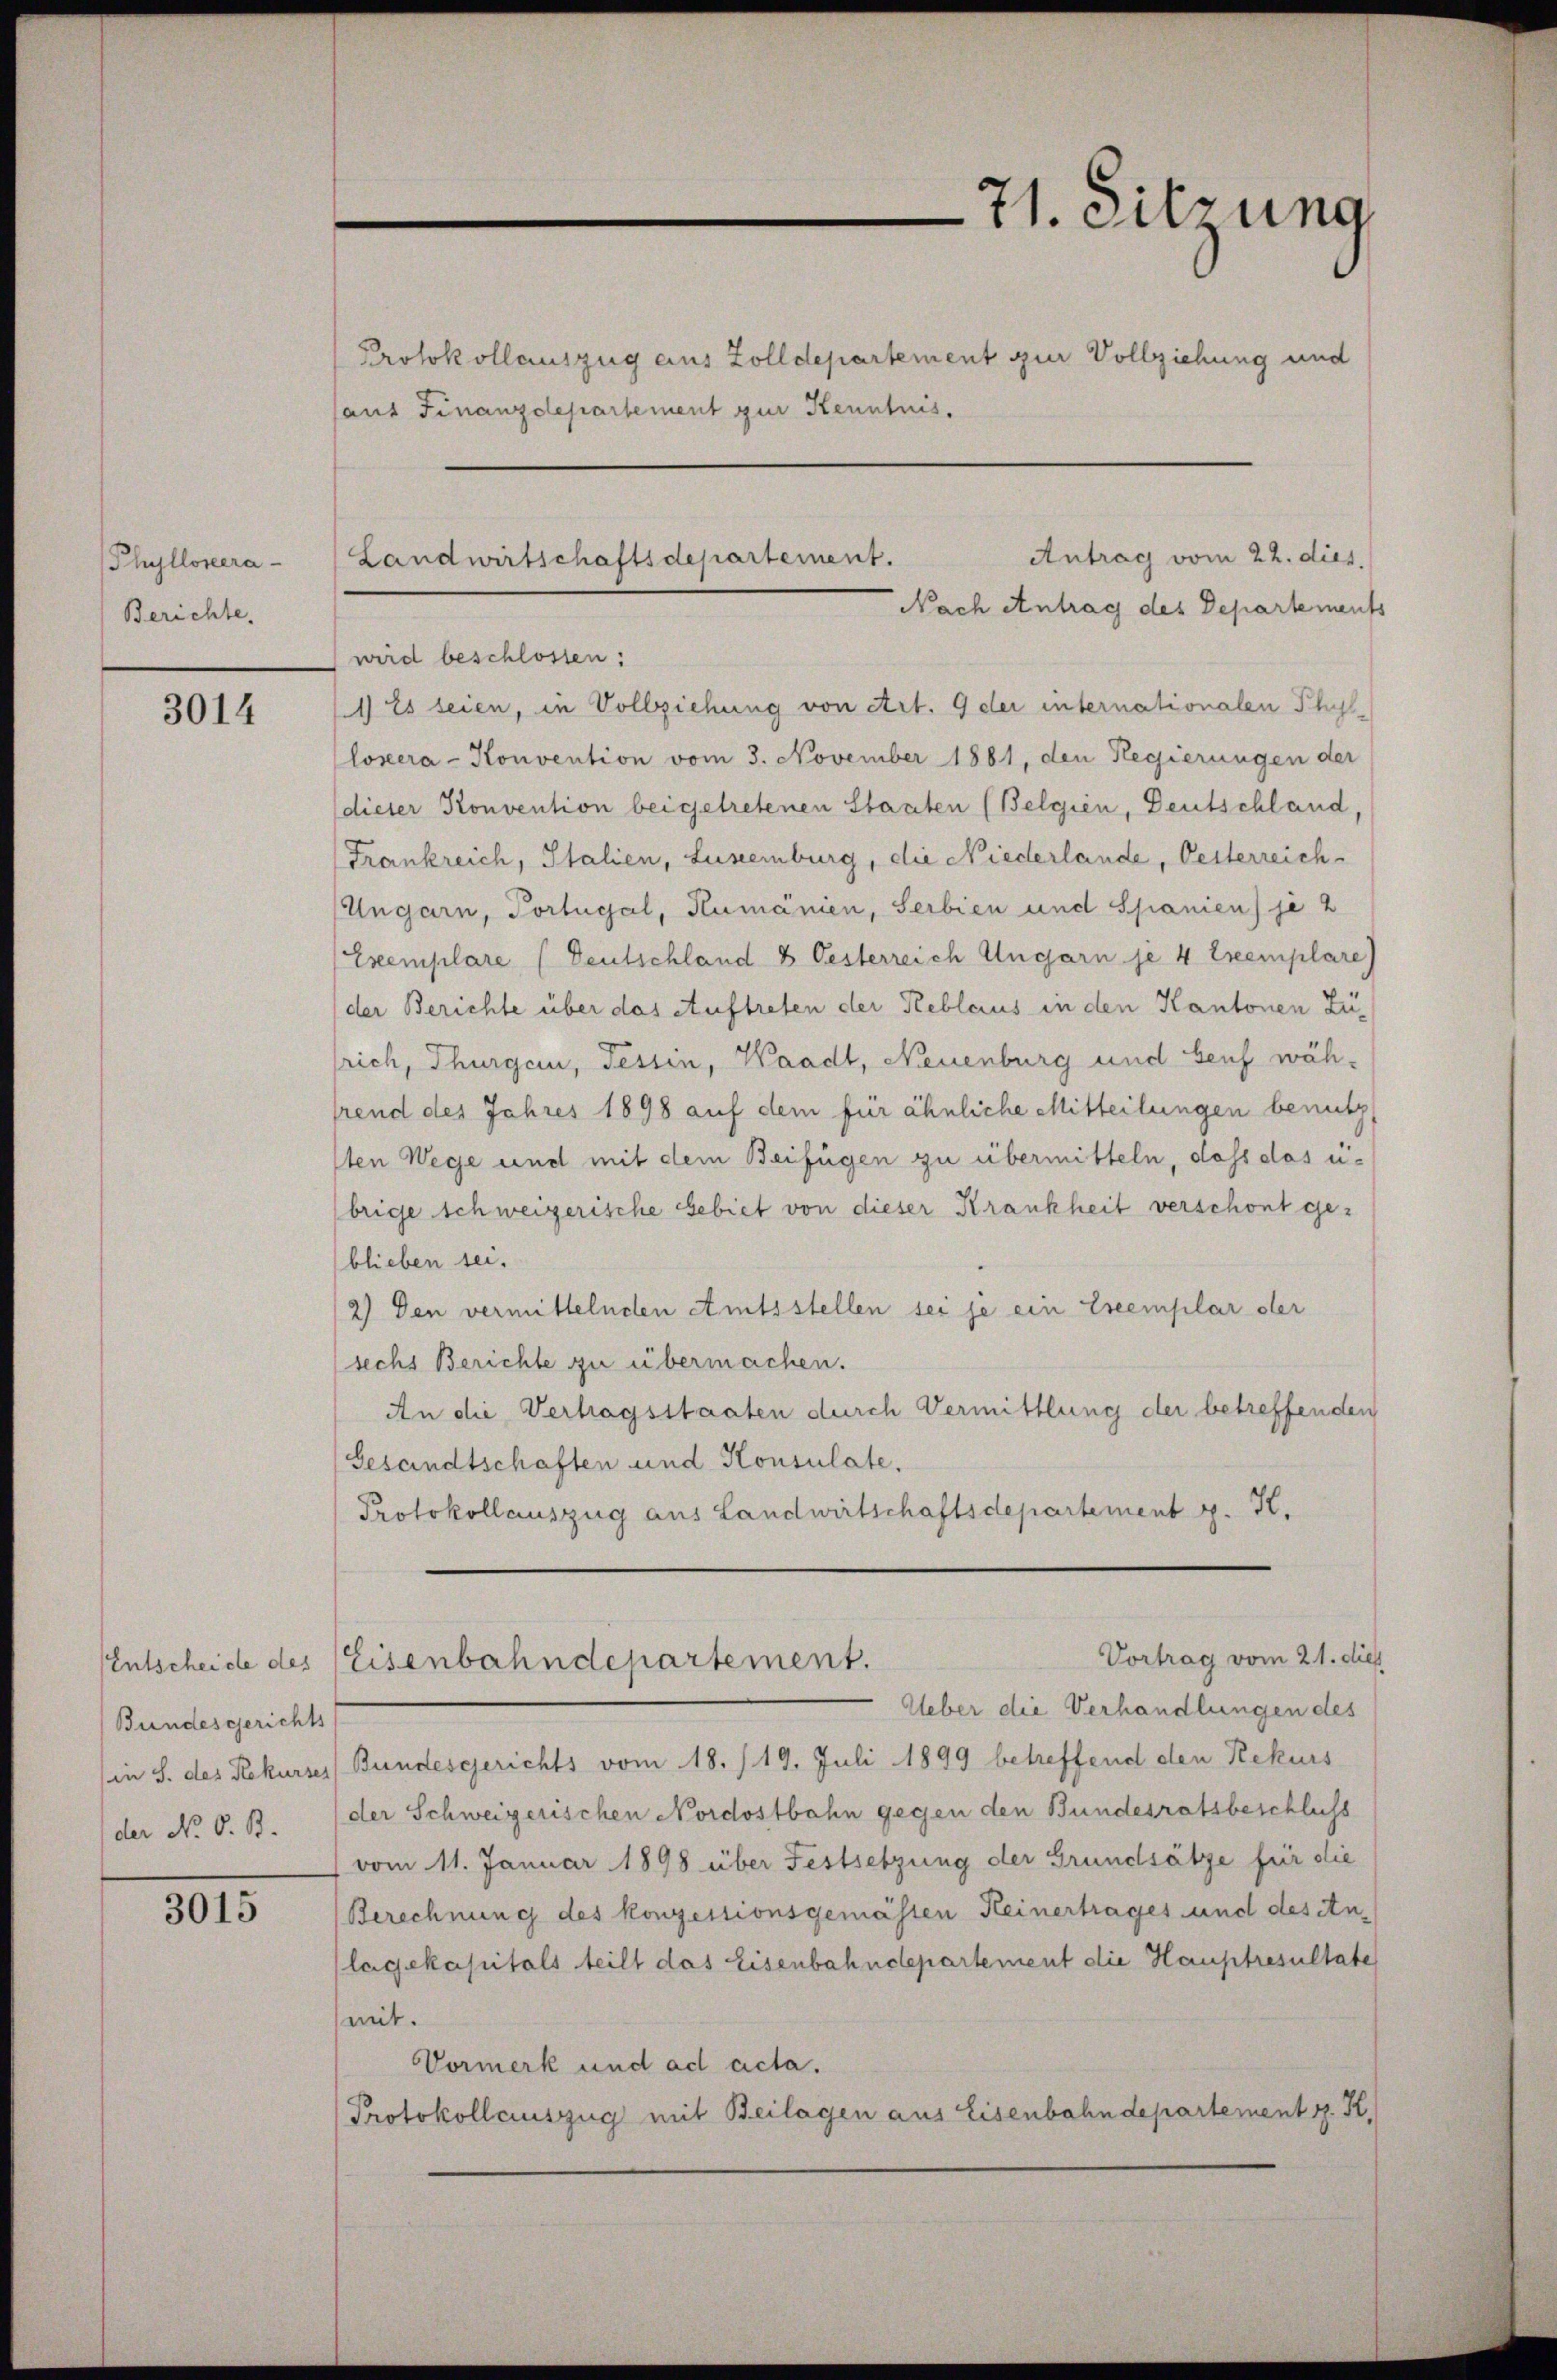
Phyllovera
Berichte.

3014

Entscheide des
Bundesgerichts
in S. des Rekurse
der No. 6. B.

3015

Protokollauszug aus Zolldepartement zur Vollziehung und
auf Finanzdepartement zur Kenntnis.
wird beschlossen:
1) Es seien, in Vollziehung von Art. 9 der internationalen Phillozera-Konvention vom 3. November 1881, den Regierungen der
dieser Konvention beigetretenen Staaten (Belgien, Deutschland,
Frankreich, Italien, Luxenburg, die Niederlande, Oesterreich
Ungarn, Portugal, Rumänien, Serbien und Spanien) je 2
Exemplare (Deutschland & Oesterreich Ungarn je 4 Exemplare)
der Berichte über das Auftreten der Keblcius in den Kantonen Züsrich, Thurgau, Tessin, Waadt, Neuenburg und Senf während des Jahres 1898 auf dem für ähnliche Mitteilungen benutz
ten Wege und mit dem Beifügen zu übermitteln, dass das ubrige schweizerische Gebiet von dieser Krankheit verschont ge-
blieben sei.
2) Den vermittelnden Amtsstellen sei je ein Exemplar der
sechs Berichte zu übermachen.
An die Verhagsstaaten durch Vermittlung der betreffenden
Gesandtschaften und Konsulate.
Protokollauszug aus Landwirtschaftsdepartement z. K.
Vortrag vom 21. dies
Eisenbahndepartement.
Ueber die Verhandlungen des
Bundesgerichts vom 18. /19. Juli 1899 betreffend den Rekurs
(der Schweizerischen Nordostbahn gegen den Bundesratsbeschluss
vom 11. Januar 1898 über Festsetzung der Grundsätze für die
Berechnung des konzessionsgemästen Heinertrages und des Anlagekapitals teilt das Eisenbahndepartement die Hauptresultate
mit.
Vormerk und ad acta.
Protokollauszug mit Beilagen aus Eisenbahndepartement z. K.

71. Sitzung

Antrag vom 22. dies
Landwirtschaftsdepartement.
Nach Antrag des Departements